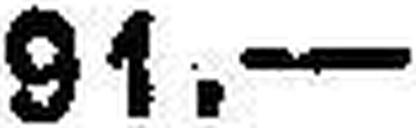
91.—